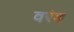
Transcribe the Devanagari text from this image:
वरंब